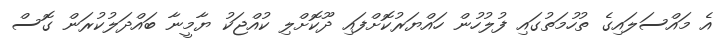
އެ މައްސަލައިގެ ތުހުމަތުގައި ފުލުހުން ހައްޔަރުކޮށްފައި ދޫކޮށްލި ކުއްޖަކު ޔާމީނާ ބައްދަލުކުރަން ގޮސް